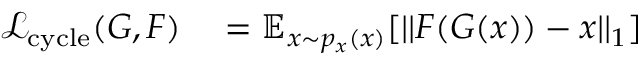
\begin{array} { r l } { \mathcal { L } _ { \mathrm { c y c l e } } ( G , F ) } & { { } = \mathbb { E } _ { x \sim p _ { x } ( x ) } [ | | F ( G ( x ) ) - x | | _ { 1 } ] } \end{array}